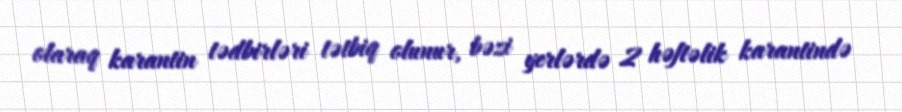
olaraq karantin tədbirləri tətbiq olunur, bəzi yerlərdə 2 həftəlik karantində